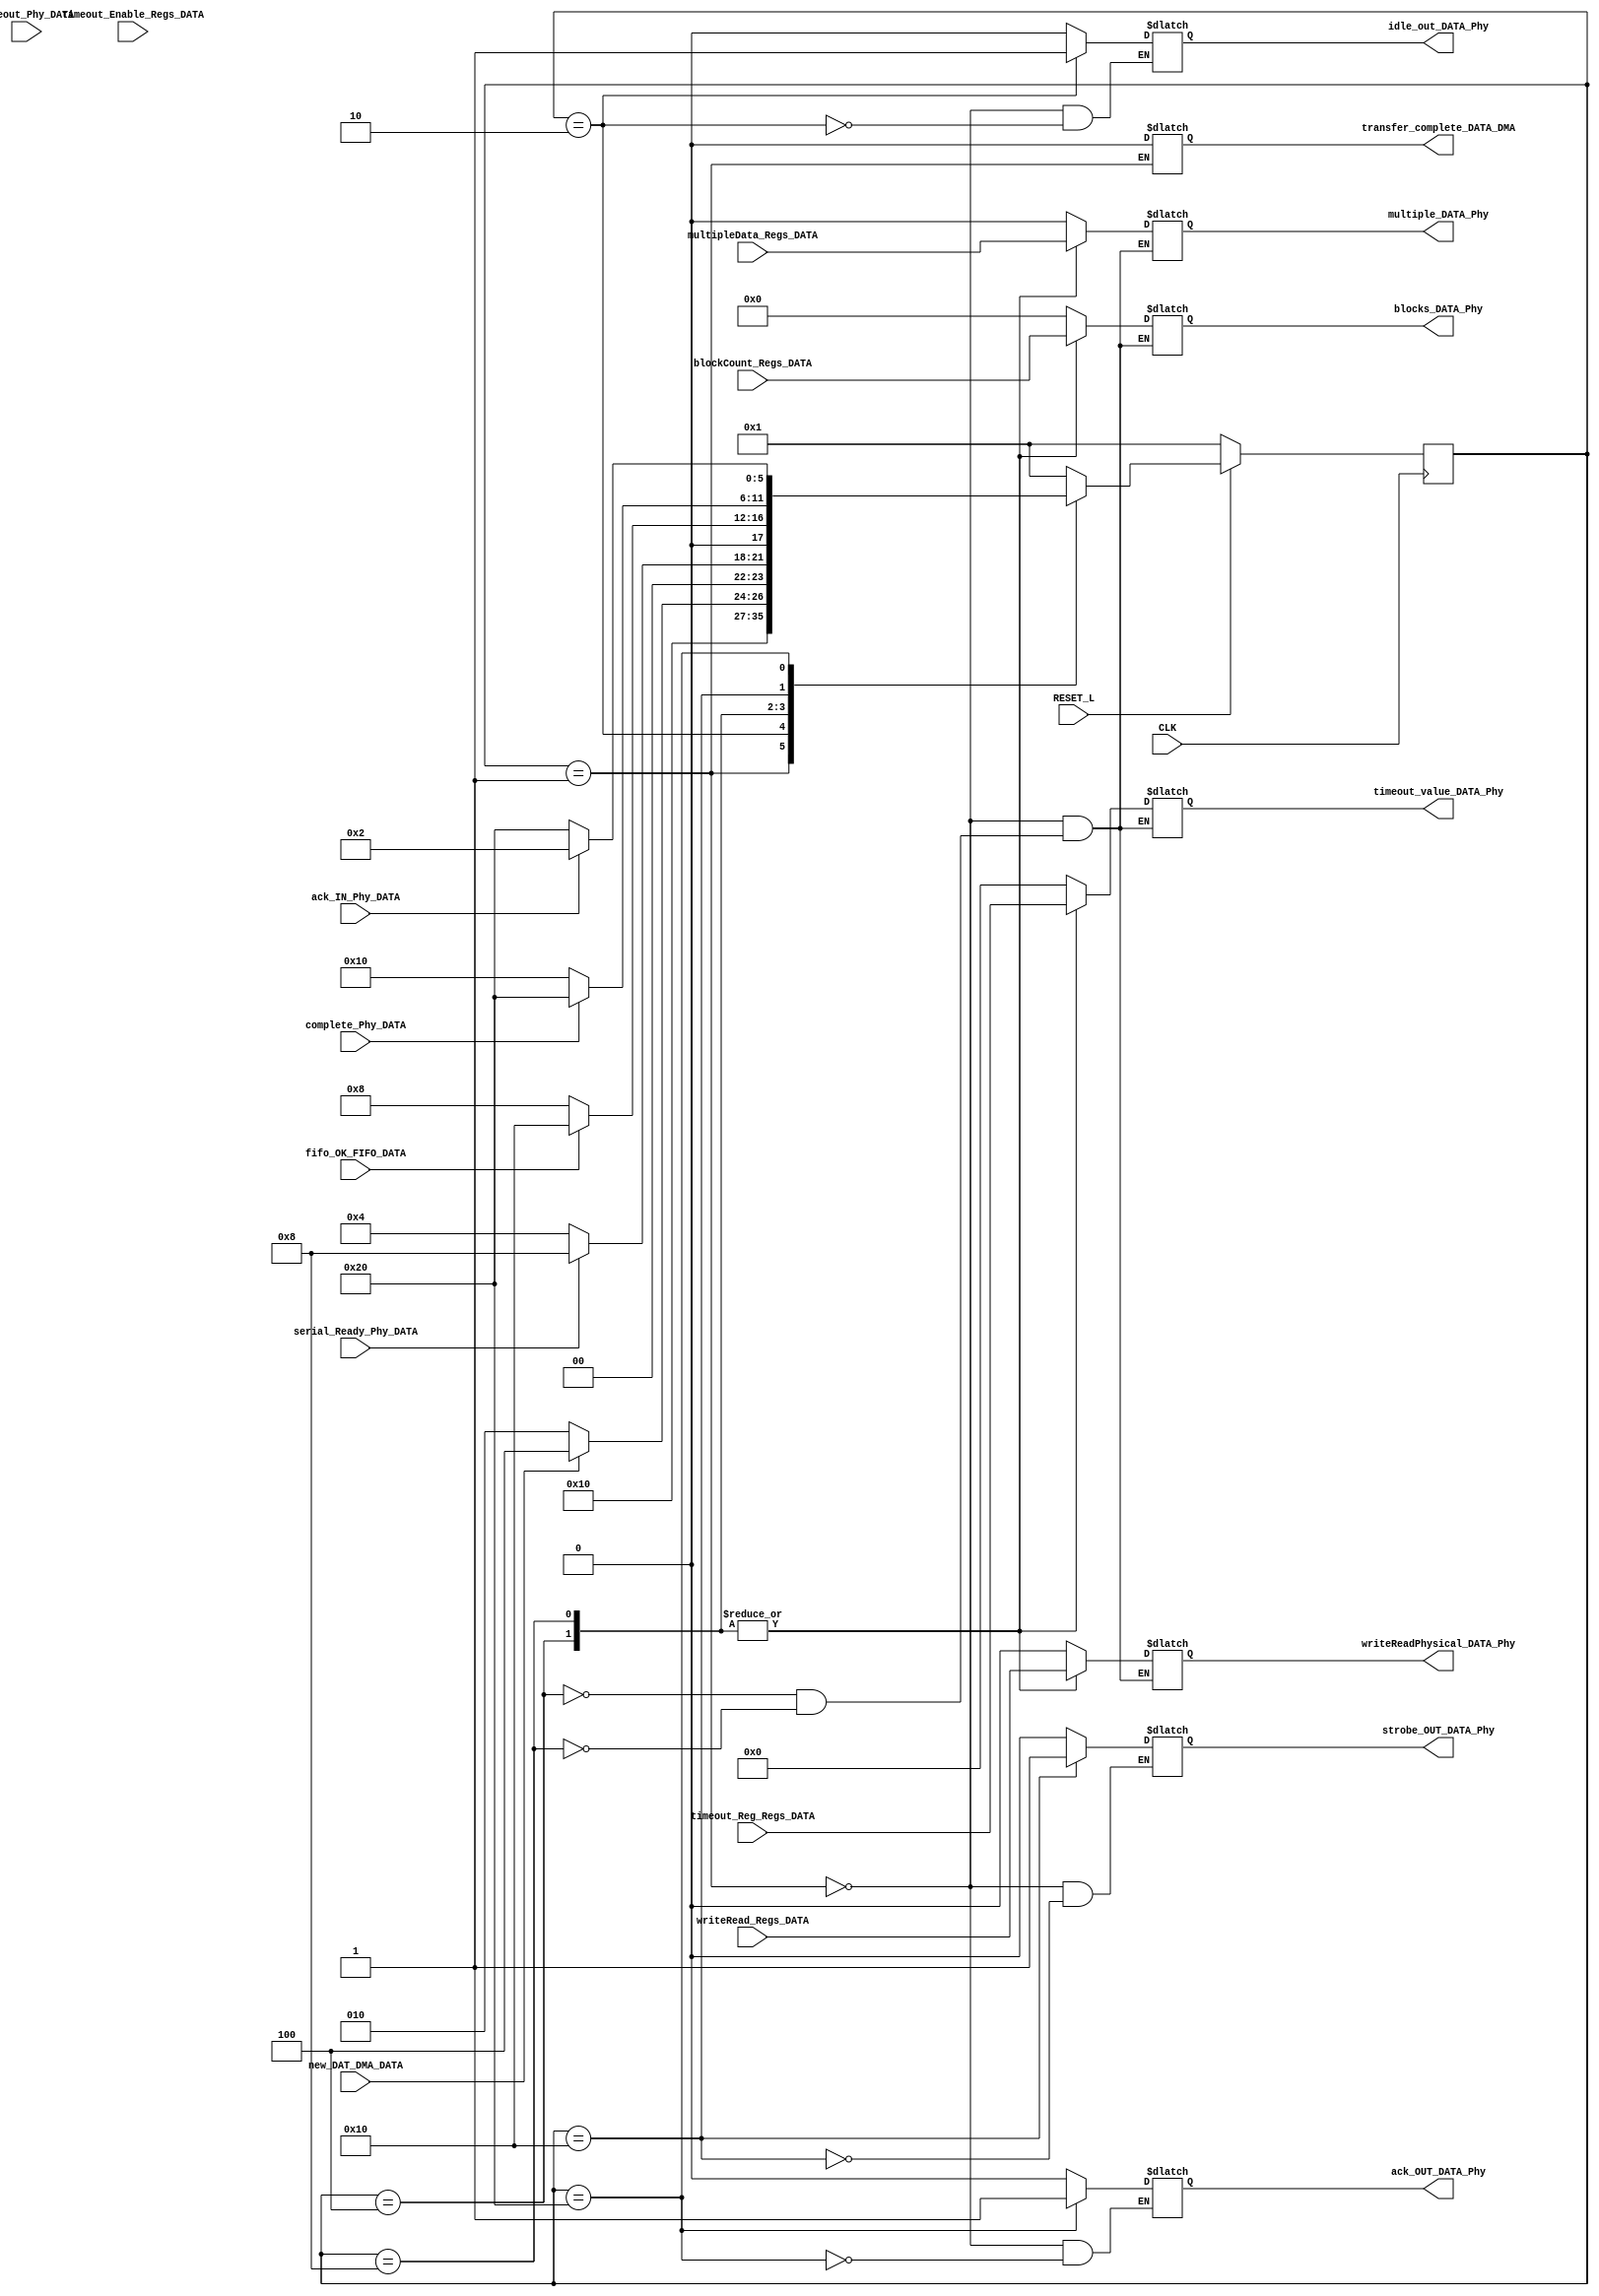
module DATA(
    input wire CLK,
    input wire RESET_L,
    input wire writeRead_Regs_DATA,
    input wire [3:0] blockCount_Regs_DATA,
    input wire multipleData_Regs_DATA,
    input wire timeout_Enable_Regs_DATA, 
    input wire [15:0] timeout_Reg_Regs_DATA, 
    input wire new_DAT_DMA_DATA,
    input wire serial_Ready_Phy_DATA, 
    input wire timeout_Phy_DATA, 
    input wire complete_Phy_DATA, 
    input wire ack_IN_Phy_DATA, 
    input wire fifo_OK_FIFO_DATA,
    output reg transfer_complete_DATA_DMA,
    output reg strobe_OUT_DATA_Phy,
    output reg ack_OUT_DATA_Phy,
    output reg [3:0] blocks_DATA_Phy,
    output reg [15:0] timeout_value_DATA_Phy,
    output reg writeReadPhysical_DATA_Phy,
    output reg multiple_DATA_Phy,
    output reg idle_out_DATA_Phy
);


//Definicin y condificacin de estados one-hot
parameter RESET                  = 6'b000001;
parameter IDLE                   = 6'b000010; 
parameter SETTING_OUTPUTS        = 6'b000100;
parameter CHECK_FIFO             = 6'b001000;
parameter TRANSMIT               = 6'b010000;
parameter ACK                    = 6'b100000;

reg [5:0] STATE;
reg [5:0] NEXT_STATE;

//NEXT_STATE logic (always_ff)
always @ (posedge CLK)
begin
    if (!RESET_L) 
        begin
        STATE <= RESET;
        end
    else
        begin
            STATE <= NEXT_STATE;
        end
end
//--------------------------------

//CURRENT_STATE logic (always comb)
always @ (*)
begin
    case (STATE)
        //------------------------------------------
        RESET:
            begin
            //ponga todas las salidas a 0
            transfer_complete_DATA_DMA = 0;
            strobe_OUT_DATA_Phy        = 0;
            ack_OUT_DATA_Phy           = 0;
            blocks_DATA_Phy            = 4'b0000;
            timeout_value_DATA_Phy     = 0;
            writeReadPhysical_DATA_Phy = 0;
            multiple_DATA_Phy          = 0;
            idle_out_DATA_Phy          = 0;
            //avanza automaticamente a IDLE
            NEXT_STATE = IDLE;
            end
        //------------------------------------------
        IDLE:
            begin
            //se afirma idle_out_DATA_Phy y se pasa a SETTING_OUTPUTS si new_DAT_DMA_DATA es 1
            idle_out_DATA_Phy = 1;

            if (new_DAT_DMA_DATA)
                begin
                    NEXT_STATE = SETTING_OUTPUTS;
                end
            else
                begin
                    NEXT_STATE = IDLE;
                end 
            end
        //------------------------------------------
        SETTING_OUTPUTS:
            begin
            //cambiar Salidas
            blocks_DATA_Phy = blockCount_Regs_DATA;
            timeout_value_DATA_Phy = timeout_Reg_Regs_DATA;
            writeReadPhysical_DATA_Phy = writeRead_Regs_DATA;
            multiple_DATA_Phy = multipleData_Regs_DATA;
            
            //revisar serial_Ready_Phy_DATA para pasar a revisar el buffer
            if (serial_Ready_Phy_DATA)
                begin
                    NEXT_STATE = CHECK_FIFO;
                end
            else
                begin
                    NEXT_STATE = SETTING_OUTPUTS;
                end
            end
        //------------------------------------------
        CHECK_FIFO:
            begin
            //salidas se mantienen igual que el estado anterior
            blocks_DATA_Phy = blockCount_Regs_DATA;
            timeout_value_DATA_Phy = timeout_Reg_Regs_DATA;
            writeReadPhysical_DATA_Phy = writeRead_Regs_DATA;
            multiple_DATA_Phy = multipleData_Regs_DATA;

            // revisar fifo_OK_FIFO_DATA
            if (fifo_OK_FIFO_DATA)
                begin
                    NEXT_STATE = TRANSMIT;
                end
            else
                begin
                    NEXT_STATE = CHECK_FIFO;
                end
            end
        //------------------------------------------
        TRANSMIT:
            begin
            //afirma la seal strobe_OUT_DATA_Phy
            strobe_OUT_DATA_Phy = 1;
            // se espera a que termine la transmisin de la capa fsica, lo cual
            // se indica con la seal complete_Phy_DATA = 1
            if (complete_Phy_DATA)
                begin
                    NEXT_STATE = ACK;
                end
            else
                begin
                    NEXT_STATE = TRANSMIT;
                end
            end
        //-------------------------------------------
        ACK:
            begin
            //afirmar ack_OUT_DATA_Phy
            ack_OUT_DATA_Phy = 1;
            // si la capa fsica me confirma el acknowledge, contino a IDLE
            if (ack_IN_Phy_DATA)
                begin
                    NEXT_STATE = IDLE;
                end
            else
                begin
                    NEXT_STATE = ACK;
                end
            end 
        default:
            begin
            NEXT_STATE = RESET;
            end 
    endcase
end //always
//-----------------------------------

endmodule